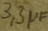
Text: 3,3µF